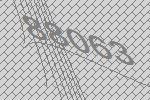
88063